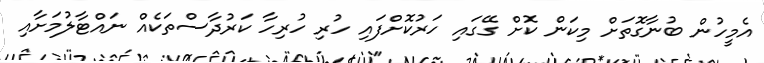
އެމީހުން ބުނާގޮތަށް މިކަން ކޮށް ގޭގައި ހަރުކޮށްފައި ހުރި ހުރިހާ ކަރުދާސްތަކެއް ނައްޓާލުމަށާއި